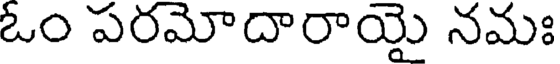
ఓం పరమోదారాయై నమః